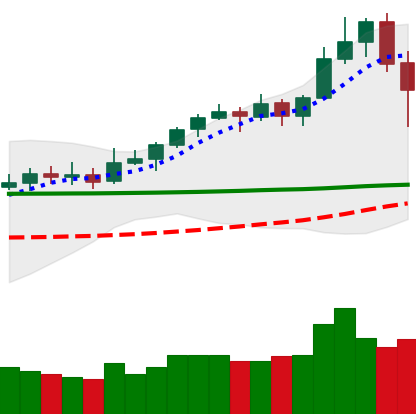
Ticker: XLM-USD
Chart end date: 2020-02-16
Forward return: -4.164%
Label: down_3_5